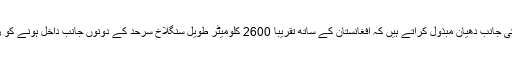
پاکستانی حکام اِس بات کی جانب دھیان مبذول کراتے ہیں کہ افغانستان کے ساتھ تقریباً 2600 کلومیٹر طویل سنگلاخ سرحد کے دونوں جانب داخل ہونے کو روکنا بہت بڑا چیلنج ہے۔